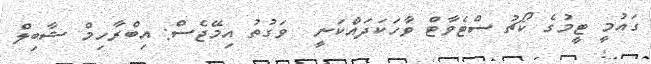
ގައުމީ ޓީމުގެ ކޯޗު ސްޓެވާޓް ވާހަކަދައްކަނީ  ވަގުތު އިމޭޖެސް: އިބްރާހިމް ޝާބިލް